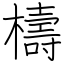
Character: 檮